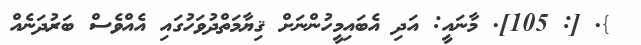
}. [: 105]. މާނައީ: އަދި އެބައިމީހުންނަށް ޤިޔާމަތްދުވަހުގައި އެއްވެސް ބަރުދަނެއް